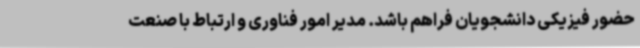
حضور فیزیکی دانشجویان فراهم باشد. مدیر امور فناوری و ارتباط با صنعت